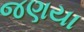
જણયા